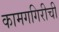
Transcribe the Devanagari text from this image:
कामगगिरीची